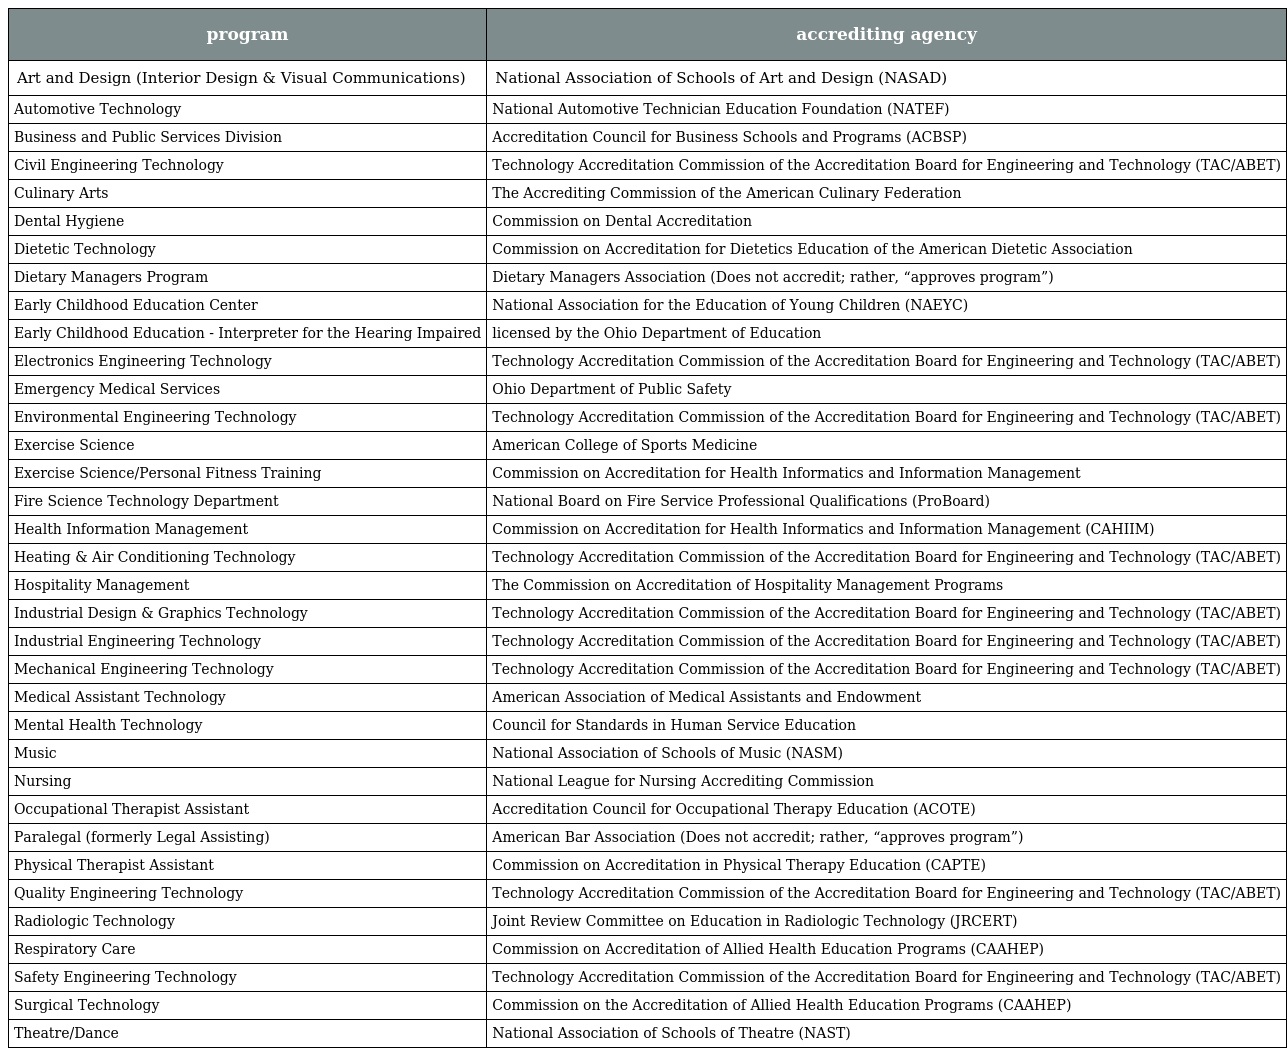
| program | accrediting agency |
 | --- | --- |
 | Art and Design (Interior Design & Visual Communications) | National Association of Schools of Art and Design (NASAD) |
 | Automotive Technology | National Automotive Technician Education Foundation (NATEF) |
 | Business and Public Services Division | Accreditation Council for Business Schools and Programs (ACBSP) |
 | Civil Engineering Technology | Technology Accreditation Commission of the Accreditation Board for Engineering and Technology (TAC/ABET) |
 | Culinary Arts | The Accrediting Commission of the American Culinary Federation |
 | Dental Hygiene | Commission on Dental Accreditation |
 | Dietetic Technology | Commission on Accreditation for Dietetics Education of the American Dietetic Association |
 | Dietary Managers Program | Dietary Managers Association (Does not accredit; rather, “approves program”) |
 | Early Childhood Education Center | National Association for the Education of Young Children (NAEYC) |
 | Early Childhood Education - Interpreter for the Hearing Impaired | licensed by the Ohio Department of Education |
 | Electronics Engineering Technology | Technology Accreditation Commission of the Accreditation Board for Engineering and Technology (TAC/ABET) |
 | Emergency Medical Services | Ohio Department of Public Safety |
 | Environmental Engineering Technology | Technology Accreditation Commission of the Accreditation Board for Engineering and Technology (TAC/ABET) |
 | Exercise Science | American College of Sports Medicine |
 | Exercise Science/Personal Fitness Training | Commission on Accreditation for Health Informatics and Information Management |
 | Fire Science Technology Department | National Board on Fire Service Professional Qualifications (ProBoard) |
 | Health Information Management | Commission on Accreditation for Health Informatics and Information Management (CAHIIM) |
 | Heating & Air Conditioning Technology | Technology Accreditation Commission of the Accreditation Board for Engineering and Technology (TAC/ABET) |
 | Hospitality Management | The Commission on Accreditation of Hospitality Management Programs |
 | Industrial Design & Graphics Technology | Technology Accreditation Commission of the Accreditation Board for Engineering and Technology (TAC/ABET) |
 | Industrial Engineering Technology | Technology Accreditation Commission of the Accreditation Board for Engineering and Technology (TAC/ABET) |
 | Mechanical Engineering Technology | Technology Accreditation Commission of the Accreditation Board for Engineering and Technology (TAC/ABET) |
 | Medical Assistant Technology | American Association of Medical Assistants and Endowment |
 | Mental Health Technology | Council for Standards in Human Service Education |
 | Music | National Association of Schools of Music (NASM) |
 | Nursing | National League for Nursing Accrediting Commission |
 | Occupational Therapist Assistant | Accreditation Council for Occupational Therapy Education (ACOTE) |
 | Paralegal (formerly Legal Assisting) | American Bar Association (Does not accredit; rather, “approves program”) |
 | Physical Therapist Assistant | Commission on Accreditation in Physical Therapy Education (CAPTE) |
 | Quality Engineering Technology | Technology Accreditation Commission of the Accreditation Board for Engineering and Technology (TAC/ABET) |
 | Radiologic Technology | Joint Review Committee on Education in Radiologic Technology (JRCERT) |
 | Respiratory Care | Commission on Accreditation of Allied Health Education Programs (CAAHEP) |
 | Safety Engineering Technology | Technology Accreditation Commission of the Accreditation Board for Engineering and Technology (TAC/ABET) |
 | Surgical Technology | Commission on the Accreditation of Allied Health Education Programs (CAAHEP) |
 | Theatre/Dance | National Association of Schools of Theatre (NAST) |